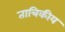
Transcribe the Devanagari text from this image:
तात्रिकीय